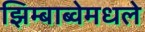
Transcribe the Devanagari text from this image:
झिम्बाब्वेमधले